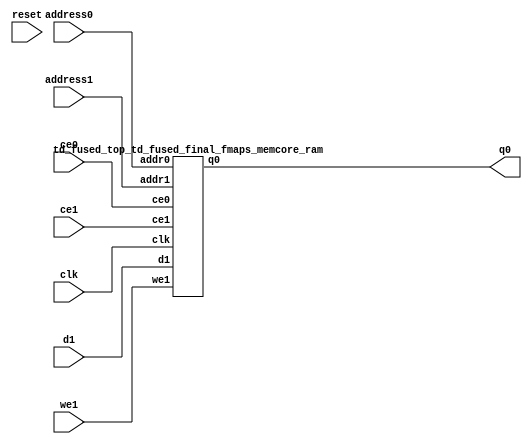
`define EXPONENT 5
`define MANTISSA 10
`define ACTUAL_MANTISSA 11
`define EXPONENT_LSB 10
`define EXPONENT_MSB 14
`define MANTISSA_LSB 0
`define MANTISSA_MSB 9
`define MANTISSA_MUL_SPLIT_LSB 3
`define MANTISSA_MUL_SPLIT_MSB 9
`define SIGN 1
`define SIGN_LOC 15
`define DWIDTH (`SIGN+`EXPONENT+`MANTISSA)
`define IEEE_COMPLIANCE 1

module td_fused_top_td_fused_final_fmaps_memcore(
    reset,
    clk,
    address0,
    ce0,
    q0,
    address1,
    ce1,
    we1,
    d1);

parameter DataWidth = 32'd64;
parameter AddressRange = 32'd49000;
parameter AddressWidth = 32'd16;
input reset;
input clk;
input[AddressWidth - 1:0] address0;
input ce0;
output[DataWidth - 1:0] q0;
input[AddressWidth - 1:0] address1;
input ce1;
input we1;
input[DataWidth - 1:0] d1;



td_fused_top_td_fused_final_fmaps_memcore_ram td_fused_top_td_fused_final_fmaps_memcore_ram_U(
    .clk( clk ),
    .addr0( address0 ),
    .ce0( ce0 ),
    .q0( q0 ),
    .addr1( address1 ),
    .ce1( ce1 ),
    .we1( we1 ),
    .d1( d1 )
);

endmodule
module td_fused_top_td_fused_final_fmaps_memcore_ram (addr0, ce0, q0, addr1, ce1, d1, we1,  clk);

parameter DWIDTH = 64;
parameter AWIDTH = 16;
parameter MEM_SIZE = 49000;

input[AWIDTH-1:0] addr0;
input ce0;
output wire[DWIDTH-1:0] q0;
input[AWIDTH-1:0] addr1;
input ce1;
input[DWIDTH-1:0] d1;
input we1;
input clk;

 reg [DWIDTH-1:0] ram[MEM_SIZE-1:0];
wire [AWIDTH-1:0] addr0_t0; 
reg [AWIDTH-1:0] addr0_t1; 
reg [DWIDTH-1:0] q0_t0;
  reg [DWIDTH-1:0] q0_t1;
wire [AWIDTH-1:0] addr1_t0; 
reg [AWIDTH-1:0] addr1_t1; 
wire [DWIDTH-1:0] d1_t0; 
wire we1_t0; 
reg [DWIDTH-1:0] d1_t1; 
reg we1_t1; 


assign addr0_t0 = addr0;
assign q0 = q0_t1;
assign addr1_t0 = addr1;
assign d1_t0 = d1;
assign we1_t0 = we1;

always @(posedge clk)  
begin
    if (ce0) 
    begin
        addr0_t1 <= addr0_t0; 
        q0_t1 <= q0_t0;
    end
    if (ce1) 
    begin
        addr1_t1 <= addr1_t0; 
        d1_t1 <= d1_t0;
        we1_t1 <= we1_t0;
    end
end


always @(posedge clk)  
begin 
    if (ce0) begin
        q0_t0 <= ram[addr0_t1];
    end
end


always @(posedge clk)  
begin 
    if (ce1) begin
        if (we1_t1) 
            ram[addr1_t1] <= d1_t1; 
    end
end


endmodule